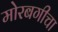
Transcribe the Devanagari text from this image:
मोरबगीचा